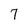
Character: 7